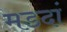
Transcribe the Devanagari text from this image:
मडदां